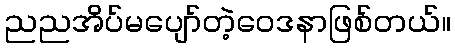
ညညအိပ်မပျော်တဲ့ဝေဒနာဖြစ်တယ်။